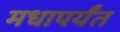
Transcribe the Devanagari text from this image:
मधापर्यंत